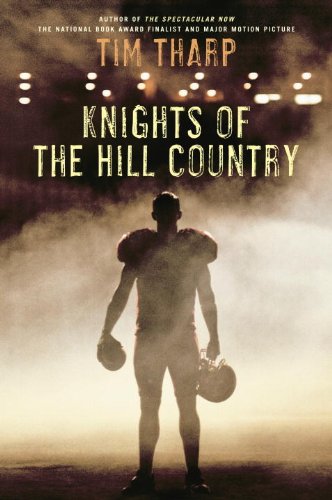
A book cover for Knights of the Hill Country; Tim Tharp; Teen & Young Adult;